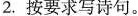
2. 按要求写诗句。